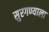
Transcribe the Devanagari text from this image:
सुरगण्याला